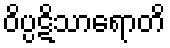
ဝိပ္ပဋိသာရောတိ